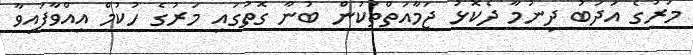
މަރުގެ އަދަބު ދިނުމާ ދެކޮޅު ޖަމާއަތްތަކުން ބުނާ ގޮތުގައި މަރުގެ ހުކުމް އިއްވާފައިވާ